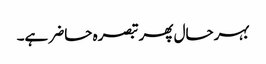
بہرحال پھر تبصرہ حاضر ہے۔